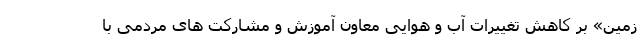
زمین» بر کاهش تغییرات آب و هوایی معاون آموزش و مشارکت های مردمی با